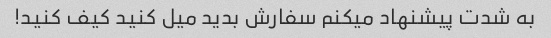
به شدت پیشنهاد میکنم سفارش بدید میل کنید کیف کنید!